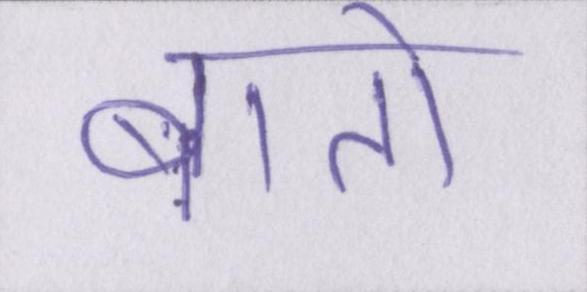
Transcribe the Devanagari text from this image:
बातो